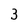
Character: 3